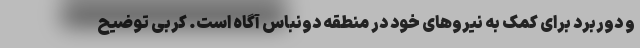
و دوربرد برای کمک به نیروهای خود در منطقه دونباس آگاه است. کربی توضیح